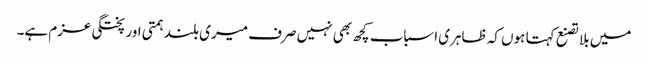
میں بلا تصنع کہتا ہوں کہ ظاہری اسباب کچھ بھی نہیں صرف میری بلند ہمتی اور پختگی عزم ہے۔